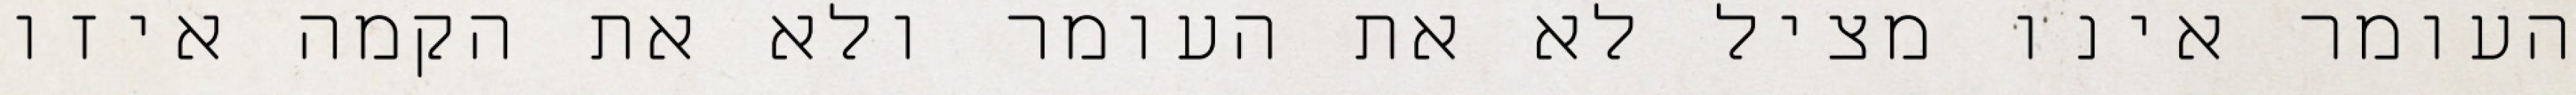
העומר אינו מציל לא את העומר ולא את הקמה איזו